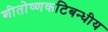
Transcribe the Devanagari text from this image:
शीतोष्णकटिबन्धीय